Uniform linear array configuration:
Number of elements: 16
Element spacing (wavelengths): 0.25
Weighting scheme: blackman
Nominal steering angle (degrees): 30
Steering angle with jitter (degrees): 28.369
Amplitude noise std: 0.05
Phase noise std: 0.05

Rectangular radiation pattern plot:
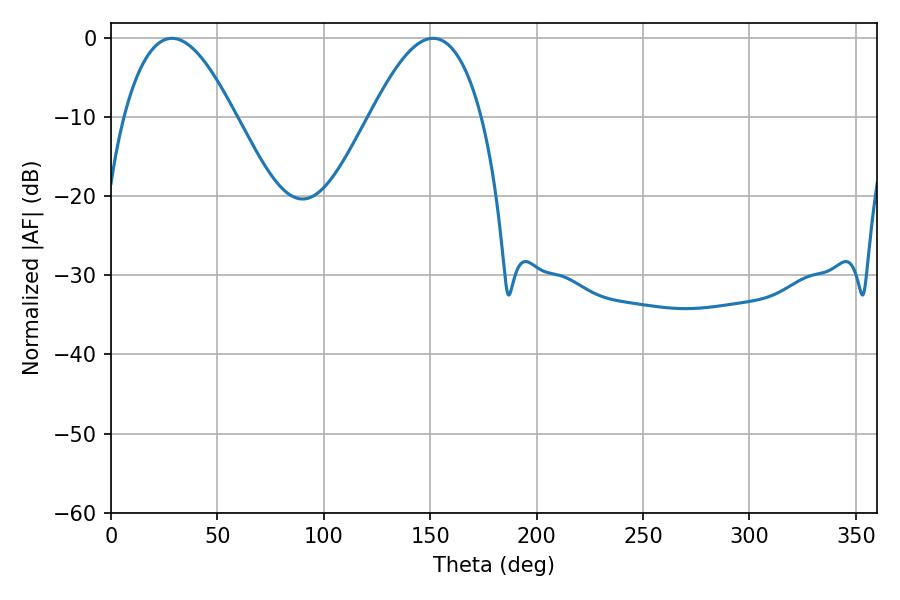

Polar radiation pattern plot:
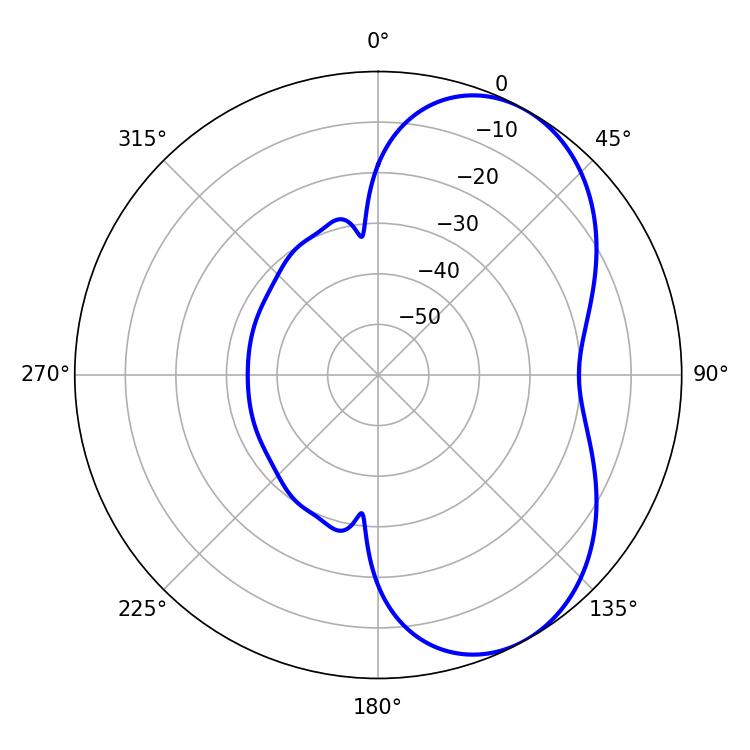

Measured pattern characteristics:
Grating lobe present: FALSE
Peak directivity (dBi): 5.599
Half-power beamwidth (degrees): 28.62
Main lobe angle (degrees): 28.62